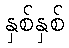
နှစ်နှစ်